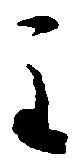
主